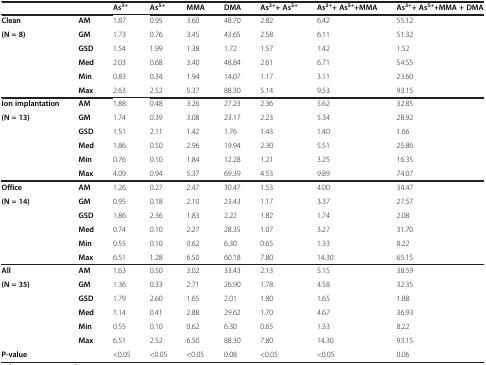
<table><thead><tr><td colspan="2"><b> </b></td><td><b>As<sup>3+</sup></b></td><td><b>As<sup>5+</sup></b></td><td><b>MMA</b></td><td><b>DMA</b></td><td><b>As<sup>3+</sup>+ As<sup>5+</sup></b></td><td><b>As<sup>3+</sup>+ As<sup>5+</sup>+MMA</b></td><td><b>As<sup>3+</sup>+ As<sup>5+</sup>+MMA + DMA</b></td></tr></thead><tbody><tr><td><b>Clean</b></td><td><b>AM</b></td><td>1.87</td><td>0.95</td><td>3.60</td><td>48.70</td><td>2.82</td><td>6.42</td><td>55.12</td></tr><tr><td rowspan="5"><b>(N = 8)</b></td><td><b>GM</b></td><td>1.73</td><td>0.76</td><td>3.45</td><td>43.65</td><td>2.58</td><td>6.11</td><td>51.32</td></tr><tr><td><b>GSD</b></td><td>1.54</td><td>1.99</td><td>1.38</td><td>1.72</td><td>1.57</td><td>1.42</td><td>1.52</td></tr><tr><td><b>Med</b></td><td>2.03</td><td>0.68</td><td>3.40</td><td>48.84</td><td>2.61</td><td>6.71</td><td>54.55</td></tr><tr><td><b>Min</b></td><td>0.83</td><td>0.34</td><td>1.94</td><td>14.07</td><td>1.17</td><td>3.11</td><td>23.60</td></tr><tr><td><b>Max</b></td><td>2.63</td><td>2.52</td><td>5.37</td><td>88.30</td><td>5.14</td><td>9.53</td><td>93.15</td></tr><tr><td><b>Ion implantation</b></td><td><b>AM</b></td><td>1.88</td><td>0.48</td><td>3.26</td><td>27.23</td><td>2.36</td><td>5.62</td><td>32.85</td></tr><tr><td rowspan="5"><b>(N = 13)</b></td><td><b>GM</b></td><td>1.74</td><td>0.39</td><td>3.08</td><td>23.17</td><td>2.23</td><td>5.34</td><td>28.92</td></tr><tr><td><b>GSD</b></td><td>1.51</td><td>2.11</td><td>1.42</td><td>1.76</td><td>1.43</td><td>1.40</td><td>1.66</td></tr><tr><td><b>Med</b></td><td>1.86</td><td>0.50</td><td>2.96</td><td>19.94</td><td>2.30</td><td>5.51</td><td>25.86</td></tr><tr><td><b>Min</b></td><td>0.76</td><td>0.10</td><td>1.84</td><td>12.28</td><td>1.21</td><td>3.25</td><td>16.35</td></tr><tr><td><b>Max</b></td><td>4.09</td><td>0.94</td><td>5.37</td><td>69.39</td><td>4.53</td><td>9.89</td><td>74.07</td></tr><tr><td><b>Office</b></td><td><b>AM</b></td><td>1.26</td><td>0.27</td><td>2.47</td><td>30.47</td><td>1.53</td><td>4.00</td><td>34.47</td></tr><tr><td rowspan="5"><b>(N = 14)</b></td><td><b>GM</b></td><td>0.95</td><td>0.18</td><td>2.10</td><td>23.43</td><td>1.17</td><td>3.37</td><td>27.57</td></tr><tr><td><b>GSD</b></td><td>1.86</td><td>2.36</td><td>1.83</td><td>2.22</td><td>1.82</td><td>1.74</td><td>2.08</td></tr><tr><td><b>Med</b></td><td>0.74</td><td>0.10</td><td>2.27</td><td>28.35</td><td>1.07</td><td>3.27</td><td>31.70</td></tr><tr><td><b>Min</b></td><td>0.55</td><td>0.10</td><td>0.62</td><td>6.30</td><td>0.65</td><td>1.33</td><td>8.22</td></tr><tr><td><b>Max</b></td><td>6.51</td><td>1.28</td><td>6.50</td><td>60.18</td><td>7.80</td><td>14.30</td><td>65.15</td></tr><tr><td><b>All</b></td><td><b>AM</b></td><td>1.63</td><td>0.50</td><td>3.02</td><td>33.43</td><td>2.13</td><td>5.15</td><td>38.59</td></tr><tr><td rowspan="5"><b>(N = 35)</b></td><td><b>GM</b></td><td>1.36</td><td>0.33</td><td>2.71</td><td>26.90</td><td>1.78</td><td>4.58</td><td>32.35</td></tr><tr><td><b>GSD</b></td><td>1.79</td><td>2.60</td><td>1.65</td><td>2.01</td><td>1.80</td><td>1.65</td><td>1.88</td></tr><tr><td><b>Med</b></td><td>1.14</td><td>0.41</td><td>2.88</td><td>29.62</td><td>1.70</td><td>4.67</td><td>36.93</td></tr><tr><td><b>Min</b></td><td>0.55</td><td>0.10</td><td>0.62</td><td>6.30</td><td>0.65</td><td>1.33</td><td>8.22</td></tr><tr><td><b>Max</b></td><td>6.51</td><td>2.52</td><td>6.50</td><td>88.30</td><td>7.80</td><td>14.30</td><td>93.15</td></tr><tr><td><b>P-value</b></td><td> </td><td>&lt;0.05</td><td>&lt;0.05</td><td>&lt;0.05</td><td>0.08</td><td>&lt;0.05</td><td>&lt;0.05</td><td>0.06</td></tr></tbody></table>